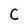
Character: C